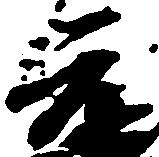
元